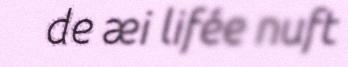
de æi lifée nuft